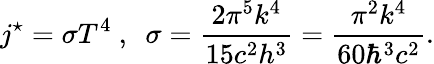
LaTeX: j^{\star}=\sigma T^{4}~,~~\sigma={\frac{2\pi^{5}k^{4}}{15c^{2}h^{3}}}={\frac{\pi^{2}k^{4}}{60\hbar^{3}c^{2}}}.